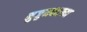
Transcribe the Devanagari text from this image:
मुजुमदारच्या